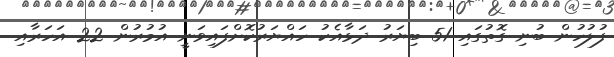
ފުލުހުން ބުނި ގޮތުގައި 51 ބިޔަރު ދަޅާއެކު ހައްޔަރުކޮށްފައިވަނީ އުމުރުން 22 އަހަރާއި